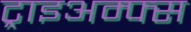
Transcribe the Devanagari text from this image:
ट्राइअम्फ्स